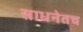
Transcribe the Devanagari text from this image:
साधनेतच